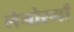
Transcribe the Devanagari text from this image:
लेनोरमाँ